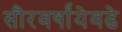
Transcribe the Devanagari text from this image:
सौरवर्षांयेवढे